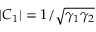
| C _ { 1 } | = 1 / \sqrt { \gamma _ { 1 } \gamma _ { 2 } }